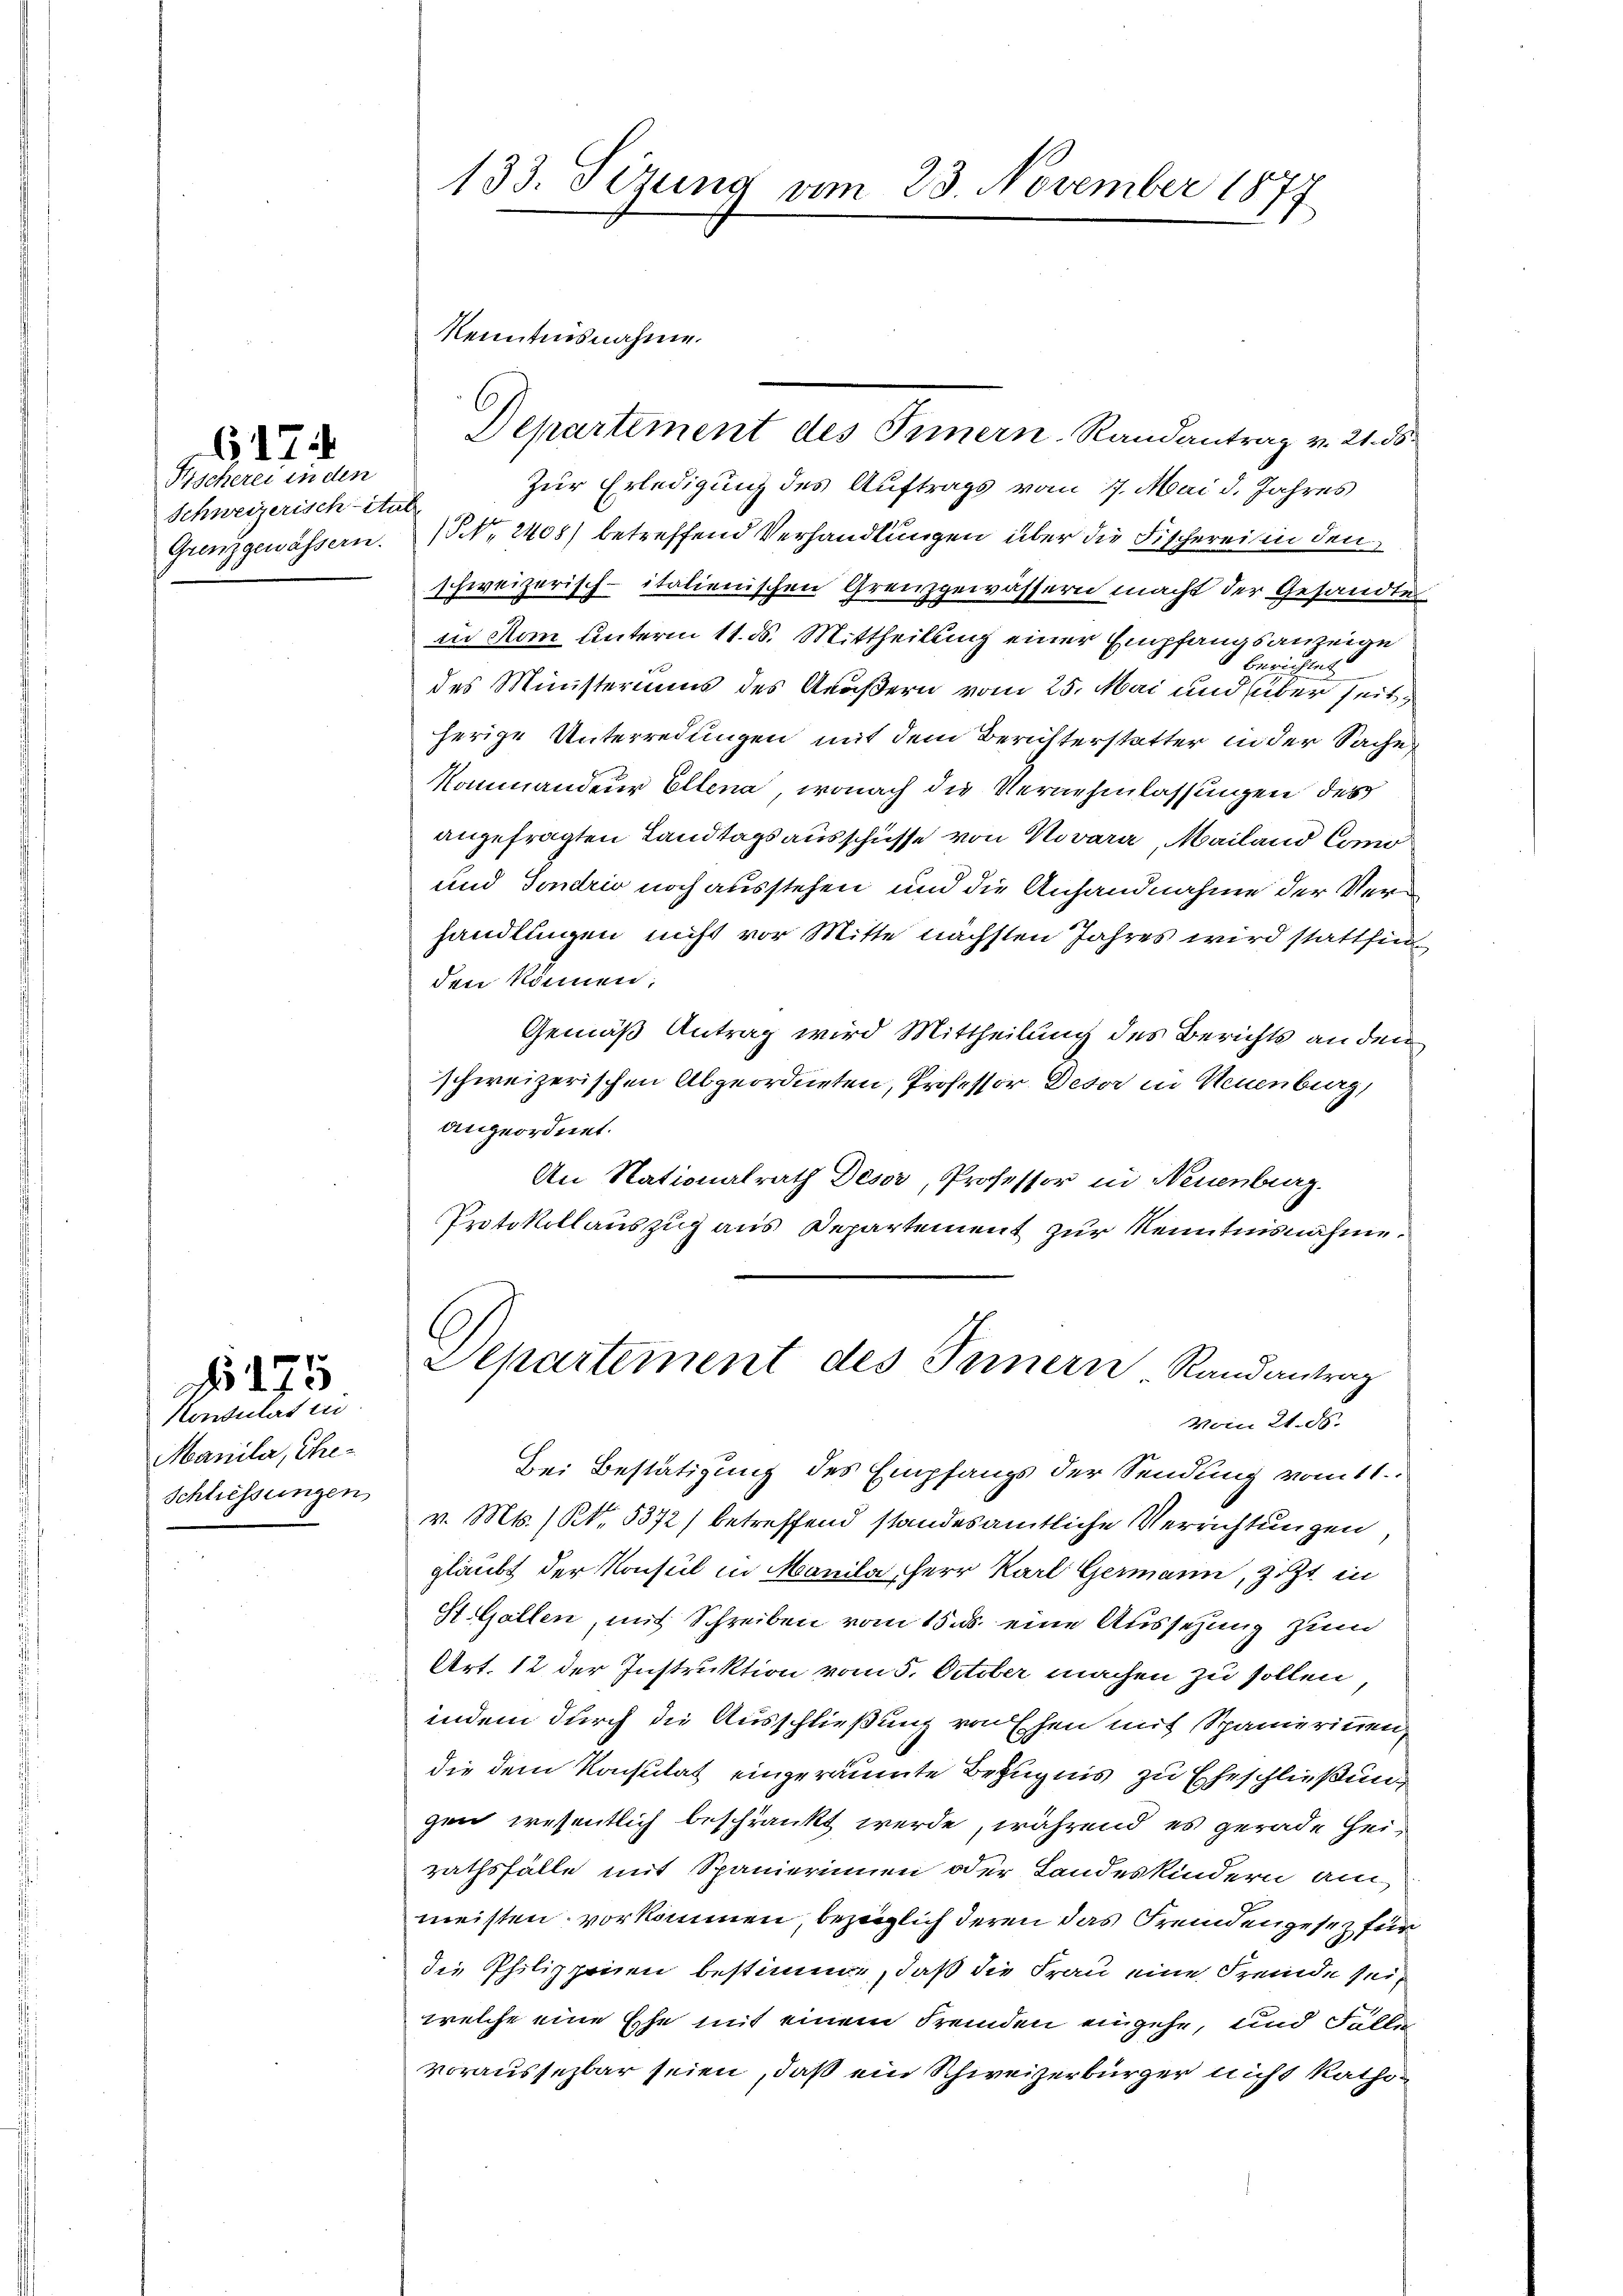
Fischerei in den
Schweizerisch-Stut
Grenzgewässern.

617.

Consulat in
Manila, The¬
Schliessungen

275

133. Tezung vom 23. November 187.

Kenntnisnahme.

Departement des Innern Randantrag v. 21. ds.
Zur Erledigung des Auftrags vom 17. Mai d. Jahres
(Nr. 2408) betreffend Verhandlungen über die Fischerei in den
schweizerisch-italienischen Grenzgewässern macht der Gesandte
inn dem Unterm 11. ds. Mittheilung einer Empfangsanzeige
berichtet
des Ministeriums des Aeußern vom 25. Mai und über seitherige Unterredungen mit dem Berütterstatter in der Sache
Kommandeur Ellena, wonach die Vernehmlassungen des
angefragten Landtagsausschüsse von Novara, Mailand Comm
und Sondrio noch ausstehen und die Anhandnahme der Verhandlungen nicht vor Mitte nächsten Jahres wird stattfin
den können;
Gemäß Antrag wird Mittheilung des Berichts an den
schweizerischen Abgeordneten, Professor Deser in Neuenburg,
angeordnet.
An Nationalrath Deser, Professor in Neuenburg.
Protokollauszug aus Departement zur Kenntnisnahme.
Lepartement des Innern Randantrag
Vom 21. d.
Bei Bestätigung des Empfangs der Sendung vom 11.
v. Mts. (S. 5372) betreffend standesamtliche Verrichtungen,
glaubt der Konsul in Manila, Herr Karl Germann, Zitt in
St. Gallen, mit Schreiben vom 15. ds. eine Aussezung zum
Art. 12 der Instruktion vom 5. October machen zu sollen
indem durch die Ausschließung von Ehen mit Spanierinnen,
die dem Konsulat eingeräumte Bezugnis zu Eheschließungen wesentlich beschränkt werde, während es gerade Heirathsfälle mit Spanierinnen oder Landeskindern am
meisten vorkommen, bezeiglich deren das Fremdengesetz für
die Philipponen bestimme, daß die Frau eine Fremde sei,
welche eine Ehe mit einem Fremden eingehe, und Fälle
voraussezbar seien, daß ein Schweizerbürger nicht Raths¬